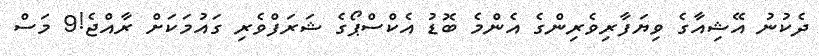
ދެކުނު އޭޝިއާގެ ވިޔަފާރިވެރިންގެ އެންމެ ބޮޑު އެކްސްޕޯގެ ޝަރަފްވެރި ގައުމަކަށް ރާއްޖެ!9 މަސް